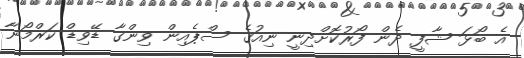
އެ ބޯޅަ ޝާފީ ދެން ފޯރުކޮށްދިނީ ނިއުގެ ސްޕެއިން ވިންގާ ޑޭވިޑް ކަރްމޯނާ